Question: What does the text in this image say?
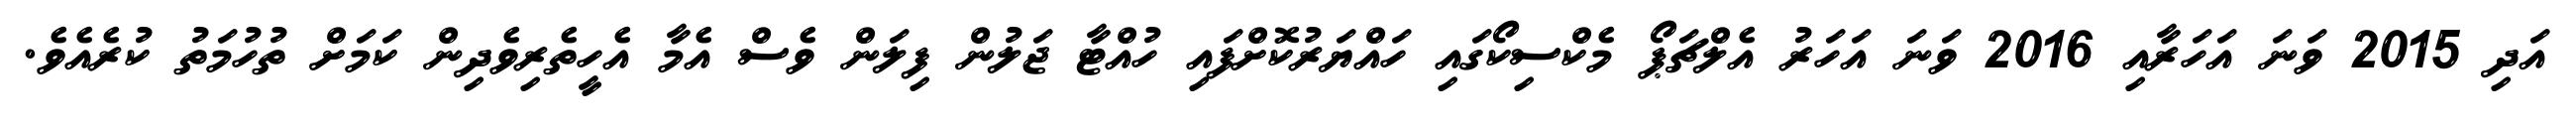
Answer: އަދި 2015 ވަނަ އަހަރާއި 2016 ވަނަ އަހަރު އެލްޗަޕޯ މެކްސިކޯގައި ހައްޔަރުކޮށްފައި ހުއްޓާ ޖަލުން ފިލަން ވެސް އެމާ އެހީތެރިވެދިން ކަމަށް ތުހުމަތު ކުރެއެވެ.